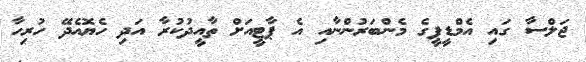
ޖަލްސާ ގައި އެމްޑީޕީގެ މެންބަރުންނާއި އެ ޕާޓީއަށް ތާއީދުކުރާ އަދި ހެޔޮއެދޭ ހުރިހާ